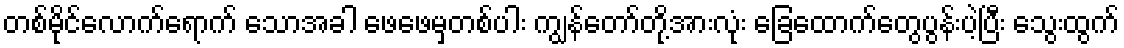
တစ်မိုင်လောက်ရောက် သောအခါ ဖေဖေမှတစ်ပါး ကျွန်တော်တို့အားလုံး ခြေထောက်တွေပွန်းပဲ့ပြီး သွေးထွက်